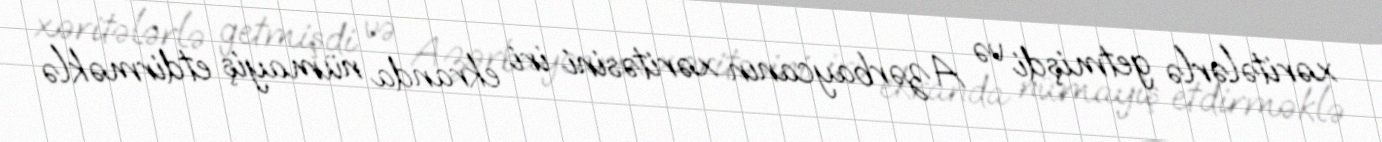
xəritələrlə getmişdi və Azərbaycanın xəritəsini iri ekranda nümayiş etdirməklə